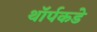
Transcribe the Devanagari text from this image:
थॉर्पकडे